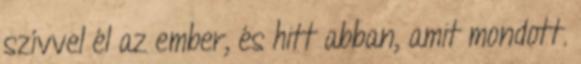
szívvel él az ember, és hitt abban, amit mondott.